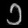
Digit: ၁